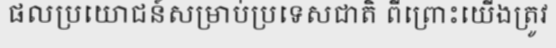
ផលប្រយោជន៍សម្រាប់ប្រទេសជាតិ ពីព្រោះយើងត្រូវ